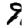
Digit: 9